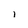
Character: l